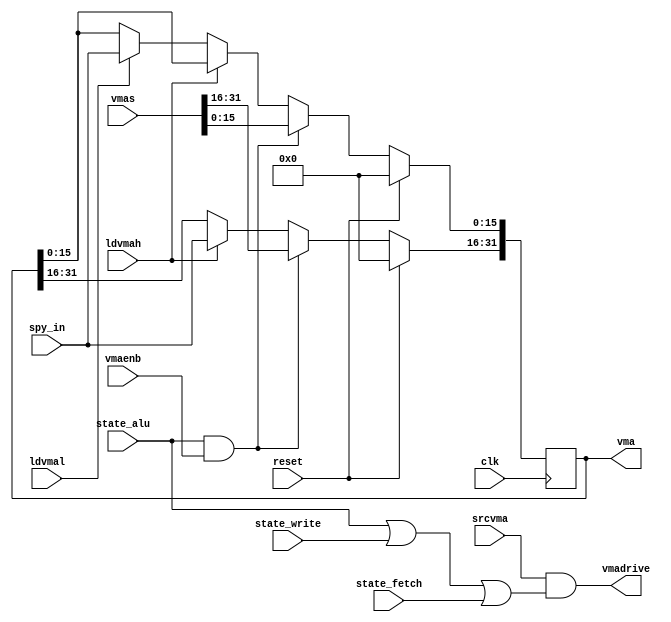
// VMA --- VMA REGISTER
//
// ---!!! Add description.
//
// History:
//
//   (20YY-MM-DD HH:mm:ss BRAD) Converted to Verilog.
//	???: Nets added.
//	???: Nets removed.
//   (1978-02-03 02:44:17 TK) Initial.

`timescale 1ns/1ps
`default_nettype none

module VMA(/*AUTOARG*/
   // Outputs
   vma, vmadrive,
   // Inputs
   clk, reset, state_alu, state_fetch, state_write, spy_in, vmas,
   ldvmah, ldvmal, srcvma, vmaenb
   );

   input clk;
   input reset;

   input state_alu;
   input state_fetch;
   input state_write;

   input [15:0] spy_in;
   input [31:0] vmas;
   input ldvmah;
   input ldvmal;
   input srcvma;
   input vmaenb;
   output [31:0] vma;
   output vmadrive;

   ////////////////////////////////////////////////////////////////////////////////

   reg [31:0] vma;

   ////////////////////////////////////////////////////////////////////////////////

   always @(posedge clk)
     if (reset)
       vma <= 0;
     else if (state_alu && vmaenb)
       vma <= vmas;
     else if (ldvmah)
       vma[31:16] <= spy_in;
     else if (ldvmal)
       vma[15:0] <= spy_in;

   assign vmadrive = srcvma & (state_alu || state_write || state_fetch);

endmodule

`default_nettype wire

// Local Variables:
// verilog-library-directories: ("..")
// End: